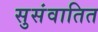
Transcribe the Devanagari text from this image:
सुसंवातित